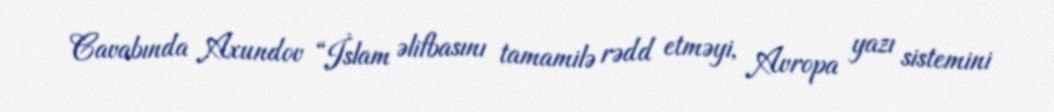
Cavabında Axundov “İslam əlifbasını tamamilə rədd etməyi, Avropa yazı sistemini